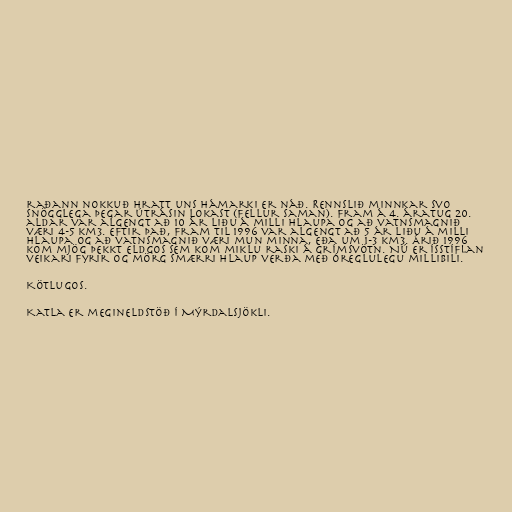
raðann nokkuð hratt uns hámarki er náð. Rennslið minnkar svo
snögglega þegar útrásin lokast (fellur saman). Fram á 4. áratug 20.
aldar var algengt að 10 ár liðu á milli hlaupa og að vatnsmagnið
væri 4-5 km3. Eftir það, fram til 1996 var algengt að 5 ár liðu á milli
hlaupa og að vatnsmagnið væri mun minna, eða um 1-3 km3. Árið 1996
kom mjög þekkt eldgos sem kom miklu raski á Grímsvötn. Nú er ísstíflan
veikari fyrir og mörg smærri hlaup verða með óreglulegu millibili.

Kötlugos.

Katla er megineldstöð í Mýrdalsjökli.